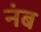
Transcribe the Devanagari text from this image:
नंब